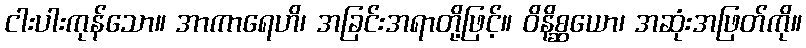
ငါးပါးကုန်သော။ အာကာရေဟိ၊ အခြင်းအရာတို့ဖြင့်။ ဝိနိစ္ဆယော၊ အဆုံးအဖြတ်ကို။